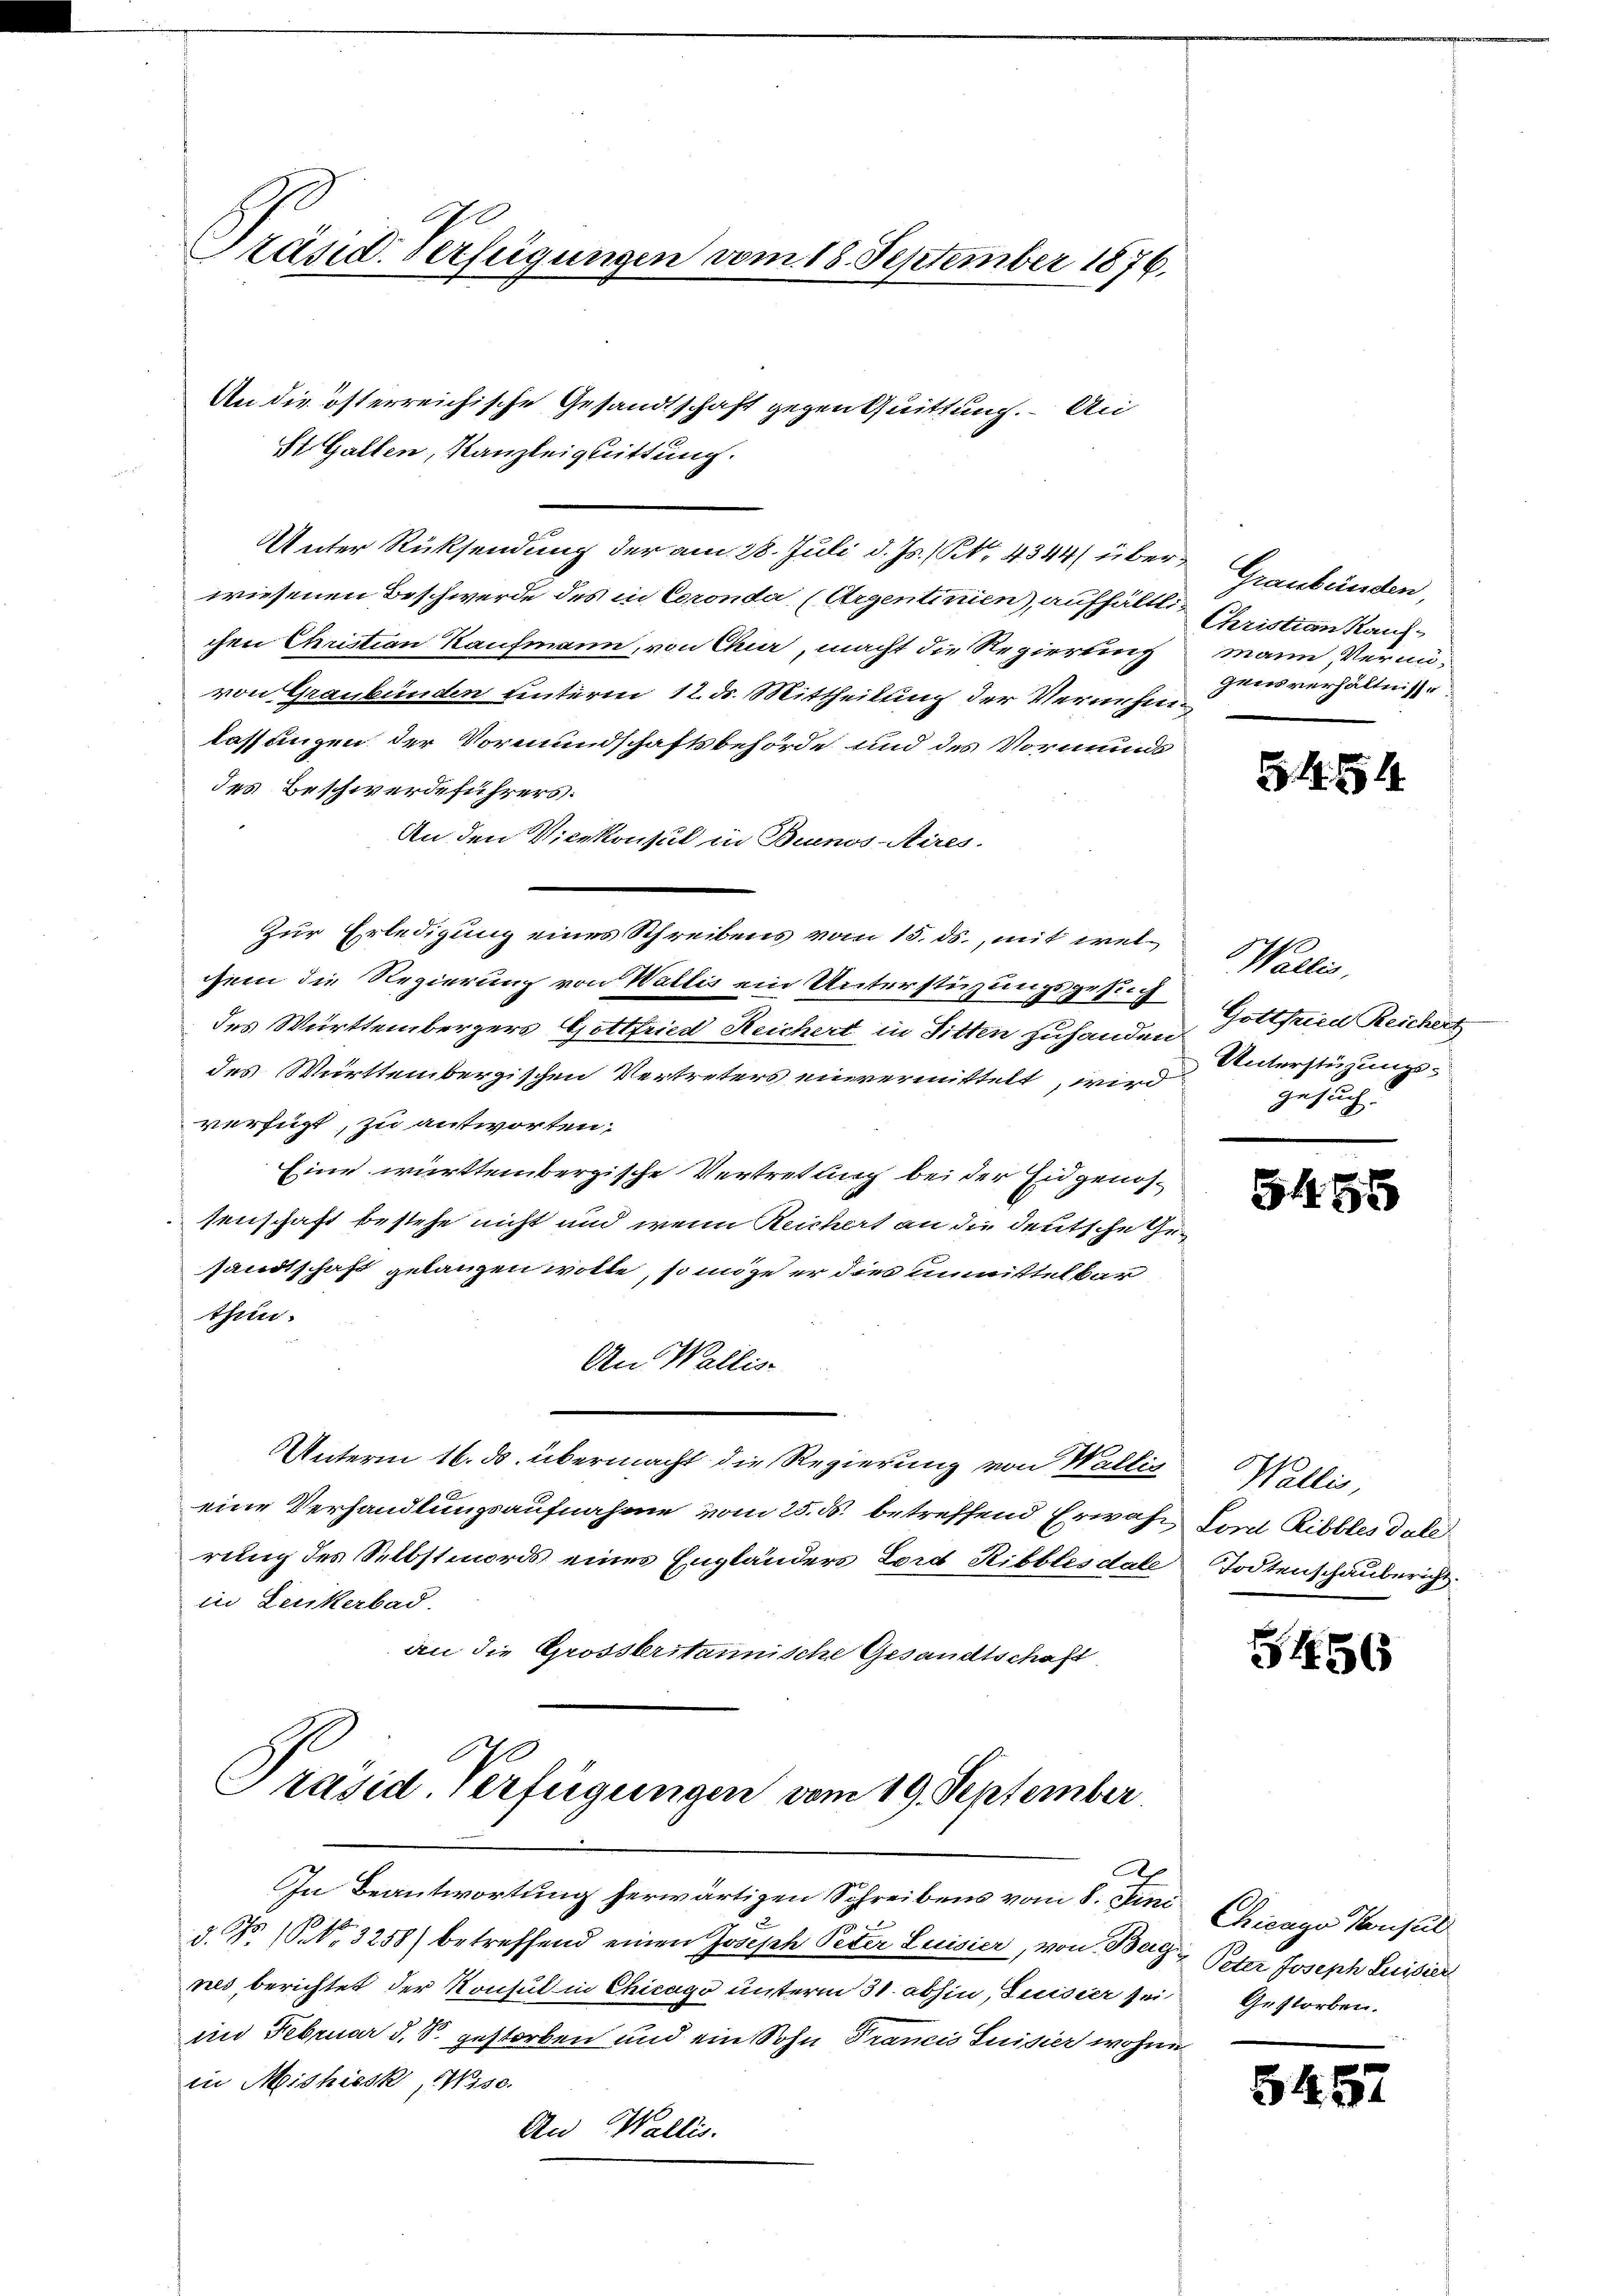
Präsid. Verfügungen vom 18. September 1876.

An die österreichische Gesandtschaft gegen Quittung. An
St. Gallen, Kanzleiguittung.

Unter Rücksendung der am 28. Juli d. Js. / Kt. 4344/ über Graubünden,
wiesenen Beschwerde des in Coronda (Argentinien), aufhältlichen Christian Kaufmann, von Char, macht die Regierung
von Graubünden unterm 12. ds. Mittheilung der Vernehmlassungen der Vormundschaftsbehörde und des Vormunds
des Beschwerdeführers:
An den Vicekonsul in Buenos-Aires.
Zur Erledigung eines Schreibens vom 15. ds., mit welchem die Regierung von Wallis ein Unterstüzungsgesuch
des Württembergers Gottfried Reichert in Sitten zuhanden Gottfried Reichert
des Württembergischen Vertreters einvermittelt, wird
verfügt, zu antworten,
Eine württembergische Vertretung bei der Eidgenössenschaft bestehe nicht und wenn Reichert an die deutsche Gesandtschaft gelangen wolle, so möge er dies unmittelbar
thun.
An Wallis
Unterm 16. ds. übermacht die Regierung von Wallis Wallis,
eine Verhandlungsaufnahme vom 25. ds. betreffend Erwähr Ford Ribbles dale
rung des Selbstmords eines Engländers Lord Ribblesdale Todtenschaubericht.
in Leukerbad.
an die Grosseritannische Gesandtschaft
Präsid. Verfügungen vom 19. September

In Beantwortung herwärtigen Schreibens vom 8. Juni Chicago Konsul
d. P. Nr. 3258) betreffend einen Joseph Peter Luisier, von Bei Peter Joseph Suisite
nes, berichtet der Konsul in Chicago unterm 31. abhin, Suisier sei Gestorben.
im Februar d. S. gestorben und ein Sohn Trancis Suisier wohne
in Mishiesk, WWise.
An Wallis.

x

Christian Kauf-
mann, Vermigensverhältnisse.

.4.1919.

Wallis.
Unterstüzungsgesuch. |

585

456

645.